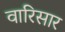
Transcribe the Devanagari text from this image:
वारिसार